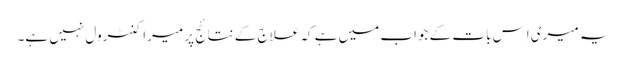
یہ میری اِس بات کے جواب میں ہے کہ علاج کے نتائج پر میرا کنٹرول نہیں ہے۔